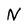
Character: N